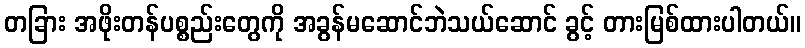
တခြား အဖိုးတန်ပစ္စည်းတွေကို အခွန်မဆောင်ဘဲသယ်ဆောင် ခွင့် တားမြစ်ထားပါတယ်။